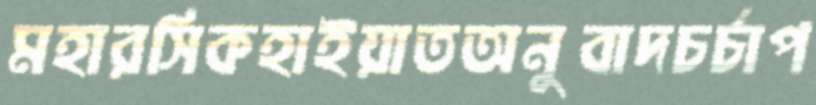
মহারসিকহাইয়াতঅনুবাদচর্চাপ